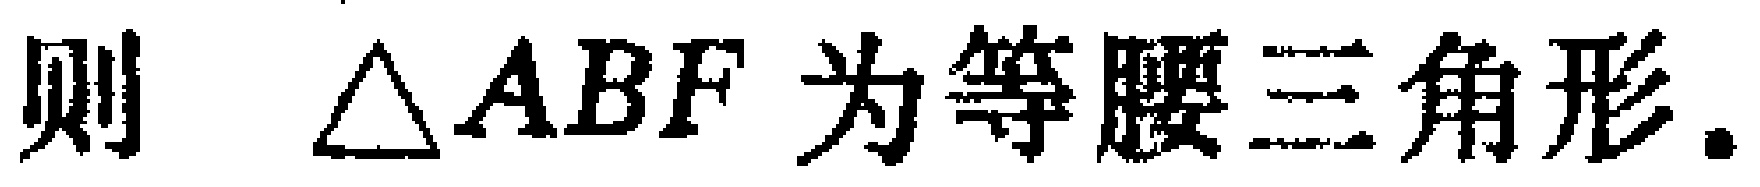
则 $\triangle ABF$ 为等腰三角形.